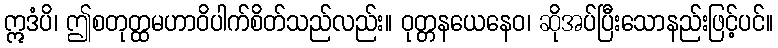
ဣဒံပိ၊ ဤစတုတ္ထမဟာဝိပါက်စိတ်သည်လည်း။ ဝုတ္တနယေနေဝ၊ ဆိုအပ်ပြီးသောနည်းဖြင့်ပင်။